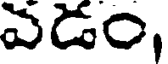
వడం,